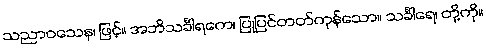
သညာဝသေန၊ ဖြင့်။ အဘိသင်္ခါရကေ၊ ပြုပြင်တတ်ကုန်သော။ သင်္ခါရေ၊ တို့ကို။